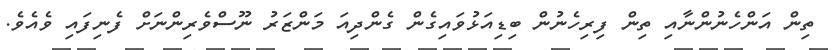
ތިން އަންހެނުންނާއި ތިން ފިރިހެނުން ބިޑިއަޅުވައިގެން ގެންދިއަ މަންޒަރު ނޫސްވެރިންނަށް ފެނިފައި ވެއެވެ.